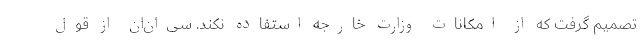
تصمیم گرفت که از امکانات وزارت خارجه استفاده نکند. سی‌ان‌ان از قول